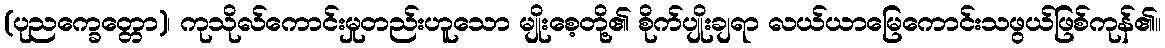
(ပုညက္ခေတ္တော)၊ ကုသိုလ်ကောင်းမှုတည်းဟူသော မျိုးစေ့တို့၏ စိုက်ပျိုးချရာ လယ်ယာမြေကောင်းသဖွယ်ဖြစ်ကုန်၏။